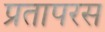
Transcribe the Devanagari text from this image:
प्रतापरस